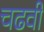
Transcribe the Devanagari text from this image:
चढवी